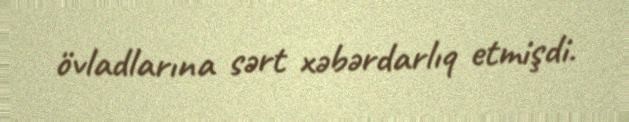
övladlarına sərt xəbərdarlıq etmişdi.